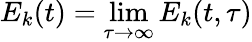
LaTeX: E_{k}(t)=\operatorname*{lim}_{\tau\rightarrow\infty}E_{k}(t,\tau)